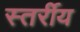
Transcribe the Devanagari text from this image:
स्तर्रीय